Statistical return of the lunatic asylum in Assam - 1912-1932
Year: 1912
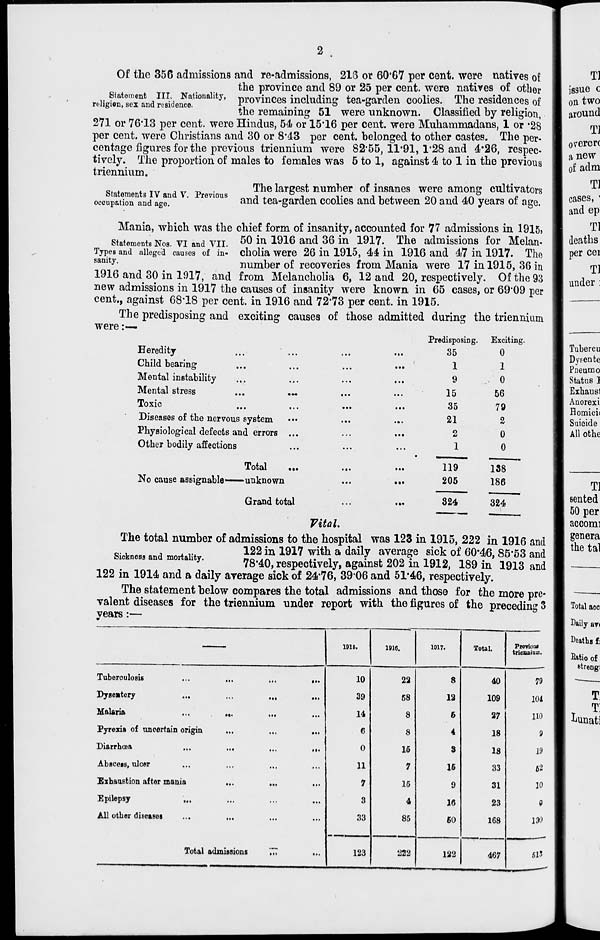
Of the 356 admissions and re-admissions, 218 or 60'G7 per cent, were natives of
the province and 89 or 25 per cent, were natives of other
,. ? 1 * tom ® nt ni .-, Nationallt y' provinces including tea-garden coolies. The residences of
rt-iigivn, sex. ana residence.
•*•.
..
*•%
t
/~n
«n i i
T •
the remaining 51 were unknown. Classified by religion,
271 or 76*13 per cent, were Hindus, 54 or 15*16 per cent, were Muhammadans, 1 or "28
per cent, were Christians and 30 or 8*43 per cent, belonged to other castes. The per-
centage figures for the previous triennium were 82*55, 11*91, 1*28 and 4*26, respec-
tively. The proportion of males to females was 5 to 1, against 4 to 1 in the previous
triennium.
TV d v
^e l ar 8 es * ^u mner °f insanes were among cultivators
occupstiSTand age?
revi0us
an( i tea-garden coolies and between 20 and 40 years of age.
Mania, which was the chief form of insanity, accounted for 77 admissions in 1915,
Statements N03. vi and vii. 50 m 1916 and 36 in 191 ?. Tne admissions for Melan-
Types and alleged causes of in- cholia were 26 in 1915, 44 in 1916 and 47 in 1917. The
samty "
number of recoveries from Mania were 17 in 1915, 36 in
1916 and 30 in 1917, and from Melancholia 6, 12 and 20, respectively. Of the 93
new admissions in 1917 the causes of insanitv were known in 65 cases, or 69*09 per
cent., against 68*18 per cent, in 1916 and 72*73 per cent, in 1915.
The predisposing and exciting causes of those admitted during the triennium
were :—
Heredity
Child bearing
...
...
...
... '
Mental instability
Mental stress
Toxic
Diseases of the nervous system
Physiological defects and errors ...
Other bodily affections
No cause assignable-
Total
•unknown
Grand total
Predisposing.
35
Exciting
0
1
1
9
.. o
15
56
35
79
21
2
2
0
1
0
119
205
138
186
324
324
Vital.
The total number of admissions to the hospital was 123 in 1915, 222 in 1916 and
Sickness and mortality.
Jf 2 1 in 1917 with a daily average sick of 60-46, 85-53 and
J
78*40, respectively, against 202 in 1912, 189 in 1913 and
122 in 1914 and a daily average sick of 24*76, 3906 and 51*46, respectively.
The statement below compares the total admissions and those for the more pre-
valent diseases for the triennium under report with the figures of the preceding 3
vears :—
1916.
1916.
1017.
Total.
Proviouf
trieuBium.
Tuberoulosis
...
•••
10
22
8
40
79
Dysemtery
...
...
39
58
12
109
104
Malaria
...
...
...
...
14
8
6
27
no
Pyrexia of uncertain origin
...
...
6
8
4
18
9
Diarrhoea
...
...
...
in
0
16
8
18
19
Abscess, ulcer
...
...
11
7
IS
33
62
Exhaustion after mania
...
...
■ !•
7
15
9
31
10
Epilepsy
...
...
...
3
4
16
23
0
All other disease!
...
...
33
85
60
168
130
Total admissions
in
...
123
222
122
467
513